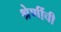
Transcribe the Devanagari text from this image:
श्रेणींची